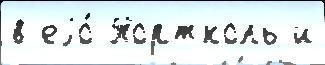
в еjо́ Тортколь и